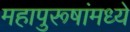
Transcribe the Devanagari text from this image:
महापुरूषांमध्ये